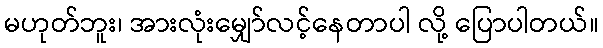
မဟုတ်ဘူး၊ အားလုံးမျှော်လင့်နေတာပါ လို့ ပြောပါတယ်။